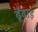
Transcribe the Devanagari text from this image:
ढूँढाड़